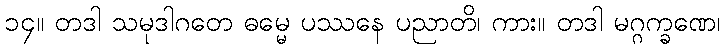
၁၄။ တဒါ သမုဒါဂတေ ဓမ္မေ ပဿနေ ပညာတိ၊ ကား။ တဒါ မဂ္ဂက္ခဏေ၊